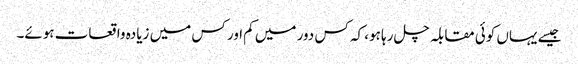
جیسے یہاں کوئی مقابلہ چل رہا ہو، کہ کس دور میں کم اور کس میں زیادہ واقعات ہوئے۔